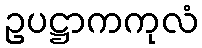
ဥပဋ္ဌာကကုလံ